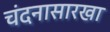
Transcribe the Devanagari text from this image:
चंदनासारखा